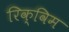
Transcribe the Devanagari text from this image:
रिक्विम